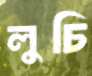
লুচি